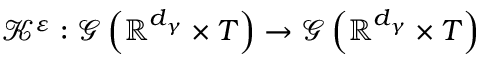
\mathcal { K } ^ { \varepsilon } : \mathcal { G } \left( \mathbb { R } ^ { d _ { \gamma } } \times T \right) \rightarrow \mathcal { G } \left( \mathbb { R } ^ { d _ { \gamma } } \times T \right)